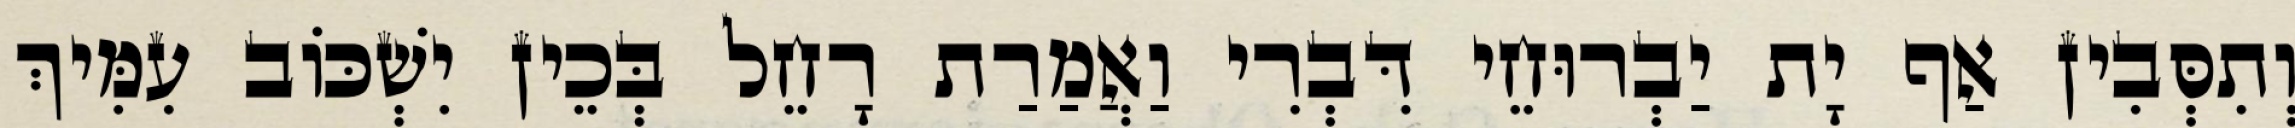
וְתִסְּבִין אַף יָת יַבְרוּחֵי דִּבְרִי וַאֲמַרַת רָחֵל בְּכֵין יִשְׁכּוֹב עִמִּיךְ